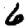
Digit: 6